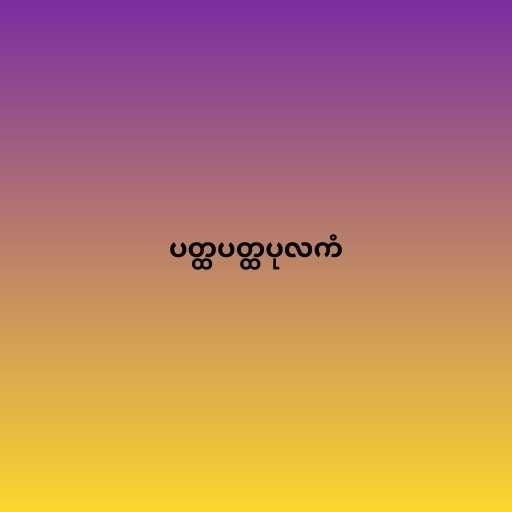
ပတ္ထပတ္ထပုလကံ